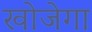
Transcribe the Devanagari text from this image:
खोजेगा